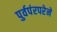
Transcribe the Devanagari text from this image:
पुर्वपंरपरेने